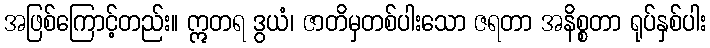
အဖြစ်ကြောင့်တည်း။ ဣတရ ဒွယံ၊ ဇာတိမှတစ်ပါးသော ဇရတာ အနိစ္စတာ ရုပ်နှစ်ပါး